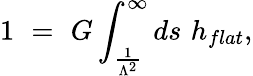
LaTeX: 1\, \, =\, \, G\int_{\frac{1}{\Lambda^{2}}}^{\infty}ds\, \, h_{flat},